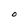
Character: O